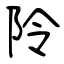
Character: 阾